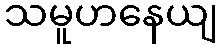
သမူဟနေယျ